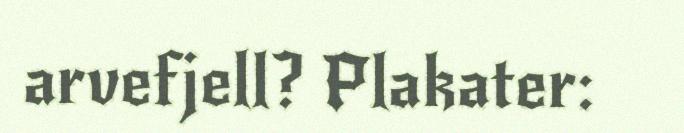
arvefjell? Plakater: